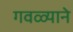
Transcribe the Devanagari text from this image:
गवळ्याने